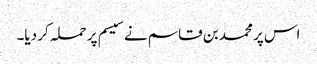
اس پر محمد بن قاسم نے سیسم پر حملہ کر دیا۔